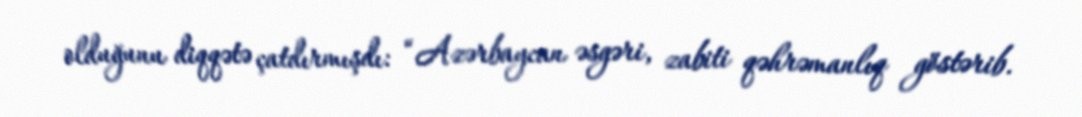
olduğunu diqqətə çatdırmışdı: “Azərbaycan əsgəri, zabiti qəhrəmanlıq göstərib.